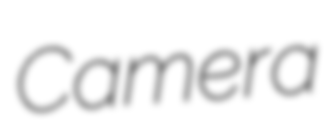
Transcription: Camera